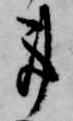
事